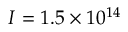
I = 1 . 5 \times 1 0 ^ { 1 4 }